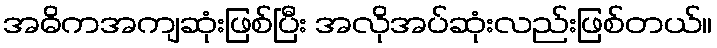
အဓိကအကျဆုံးဖြစ်ပြီး အလိုအပ်ဆုံးလည်းဖြစ်တယ်။